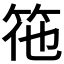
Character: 𮅅